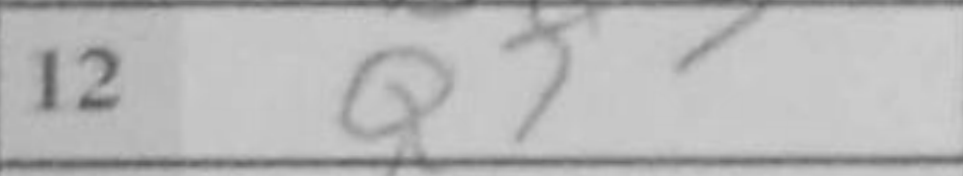
Transcription: Qf3